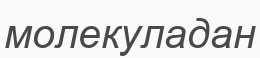
молекуладан